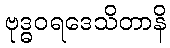
ဗုဒ္ဓဝရဒေသိတာနိ